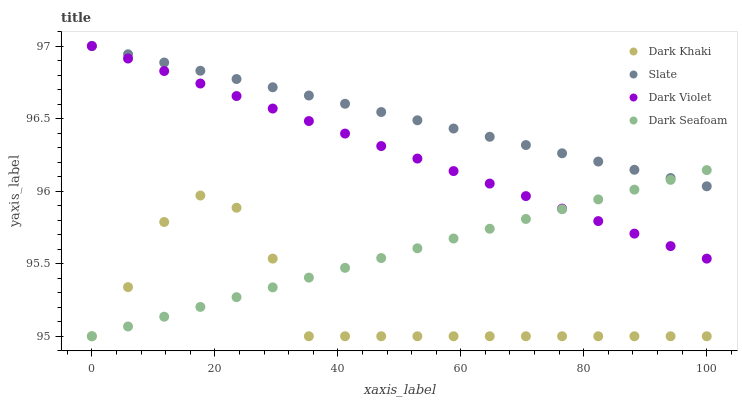
| xaxis_label | Dark Khaki | Slate | Dark Violet | Dark Seafoam |
 | --- | --- | --- | --- | --- |
 | 0 | 95 | 97 | 97 | 95 |
 | 5.88 | 95.3 | 96.9 | 96.9 | 95.1 |
 | 11.8 | 95.8 | 96.9 | 96.8 | 95.1 |
 | 17.6 | 96 | 96.8 | 96.7 | 95.2 |
 | 23.5 | 95.9 | 96.8 | 96.7 | 95.3 |
 | 29.4 | 95.5 | 96.7 | 96.6 | 95.3 |
 | 35.3 | 95 | 96.7 | 96.5 | 95.4 |
 | 41.2 | 95 | 96.6 | 96.4 | 95.5 |
 | 47.1 | 95 | 96.5 | 96.3 | 95.5 |
 | 52.9 | 95 | 96.5 | 96.2 | 95.6 |
 | 58.8 | 95 | 96.4 | 96.1 | 95.7 |
 | 64.7 | 95 | 96.4 | 96.1 | 95.7 |
 | 70.6 | 95 | 96.3 | 96 | 95.8 |
 | 76.5 | 95 | 96.3 | 95.9 | 95.9 |
 | 82.4 | 95 | 96.2 | 95.8 | 95.9 |
 | 88.2 | 95 | 96.1 | 95.7 | 96 |
 | 94.1 | 95 | 96.1 | 95.6 | 96.1 |
 | 100 | 95 | 96 | 95.5 | 96.1 |